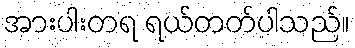
အားပါးတရ ရယ်တတ်ပါသည်။